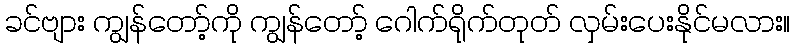
ခင်ဗျား ကျွန်တော့်ကို ကျွန်တော့် ဂေါက်ရိုက်တုတ် လှမ်းပေးနိုင်မလား။